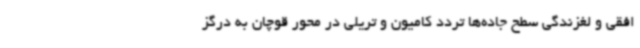
افقی و لغزندگی سطح جاده‌ها تردد کامیون و تریلی در محور قوچان به درگز